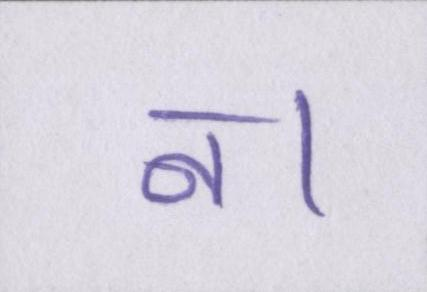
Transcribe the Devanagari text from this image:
न।